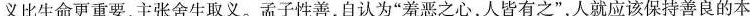
义比生命更重要，主张舍生取义。孟子性善，自认为”羞恶之心，人皆有之”，人就应该保持善良的本